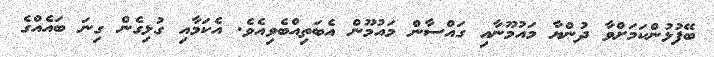
ބޭފުޅުންކަމަށްވާ ދުންޔާ މައުމޫނާއި ގައްސާން މައުމޫން އެބަތިއްބެވިއެވެ. އެކަމާއި ގުޅިގެން ގިނަ ބައެއްގެ